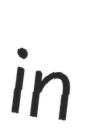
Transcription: in